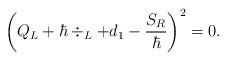
LaTeX: \begin{align*} \left(Q_L + \hbar\div_L + d_1 - \frac{S_R}{\hbar}\right)^2 = 0. \end{align*}